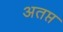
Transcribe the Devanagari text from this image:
अतप्त